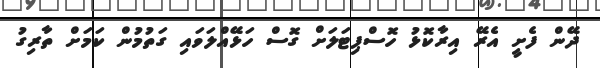
ދޭން ފެށީ އެރޭ އިރާކޮޅު ހޮސްޕިޓަލަށް ގޮސް ހަޅޭއްލަވައި ގަތުމުން ކަމަށް ތާރިގު